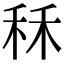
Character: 秝